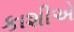
કાશીએ